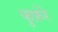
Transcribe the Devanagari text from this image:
फुफ़ेरे